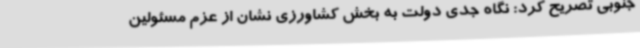
جنوبی تصریح کرد: نگاه جدی دولت به بخش کشاورزی نشان از عزم مسئولین